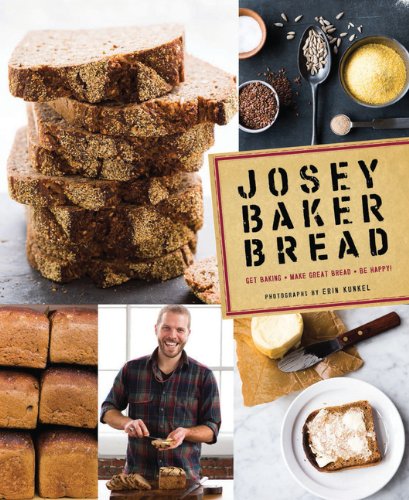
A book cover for Josey Baker Bread: Get Baking - Make Awesome Bread - Share the Loaves; Josey Baker; Cookbooks, Food & Wine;